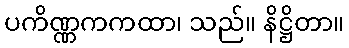
ပကိဏ္ဏကကထာ၊ သည်။ နိဋ္ဌိတာ။